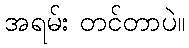
အရမ်း တင်တာပဲ။